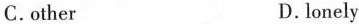
C. other D. lonely